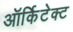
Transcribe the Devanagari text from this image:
ऑर्किटेक्ट